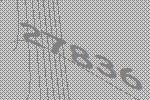
27836